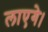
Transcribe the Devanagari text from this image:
लाएगे।